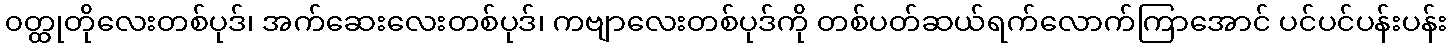
၀တ္ထုတိုလေးတစ်ပုဒ်၊ အက်ဆေးလေးတစ်ပုဒ်၊ ကဗျာလေးတစ်ပုဒ်ကို တစ်ပတ်ဆယ်ရက်လောက်ကြာအောင် ပင်ပင်ပန်းပန်း